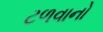
ટળવાનો